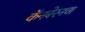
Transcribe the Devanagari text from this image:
कॅनबेरनचा